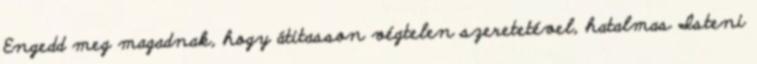
Engedd meg magadnak, hogy átitasson végtelen szeretetével, hatalmas Isteni